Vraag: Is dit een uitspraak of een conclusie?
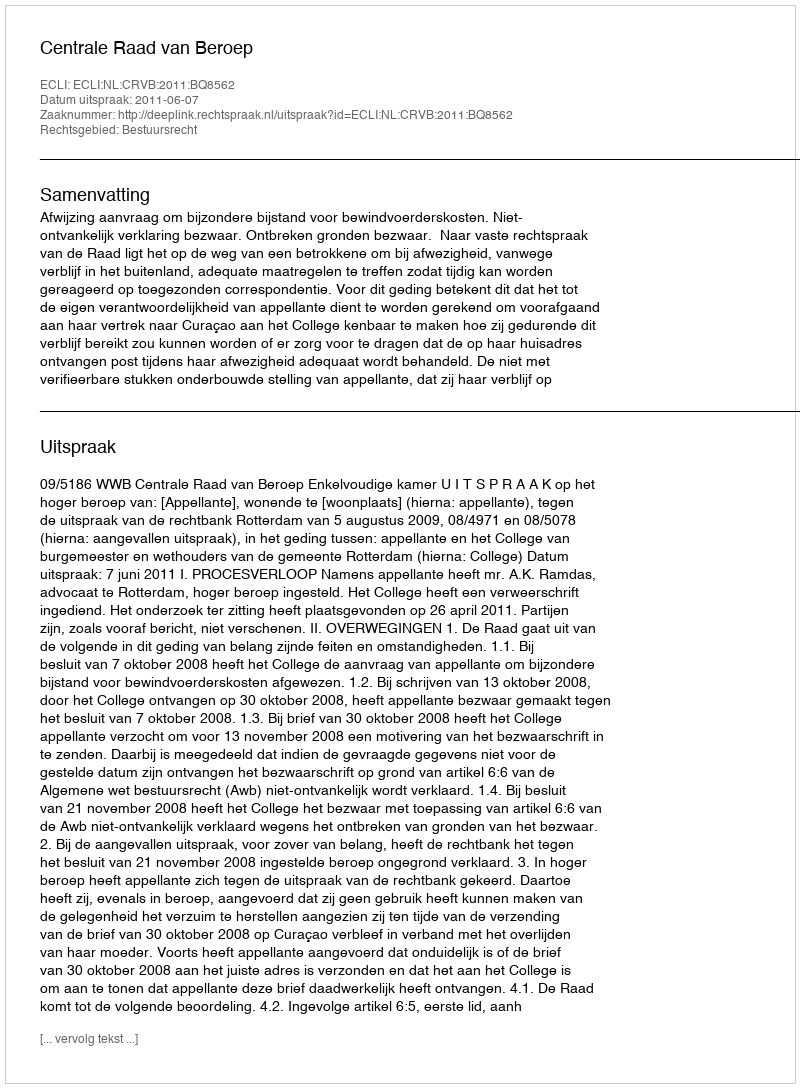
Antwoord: Uitspraak